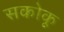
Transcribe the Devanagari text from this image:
सकोकू